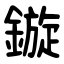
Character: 鏇